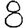
Digit: 8